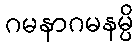
ဂမနာဂမနမ္ပိ